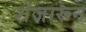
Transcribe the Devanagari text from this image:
शेजारून